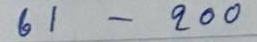
61 - 200